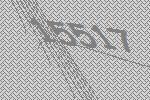
15517